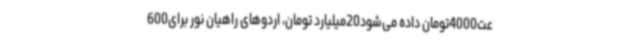
عت4000تومان داده می‌شود20میلیارد تومان، اردوهای راهیان نور برای600